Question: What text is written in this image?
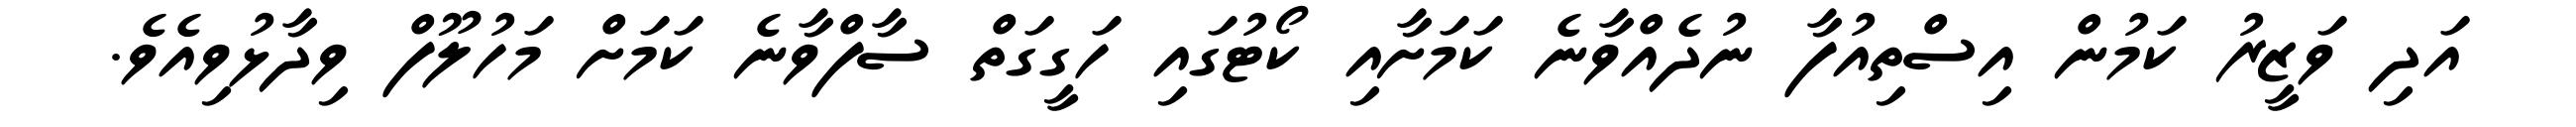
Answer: އަދި ވަޒީރު ކަމުން އިސްތިއުފާ ނުދެއްވާނެ ކަމަށާއި ކޯޓުގައި ހަގީގަތް ސާފްވާނެ ކަމަށް މަހުލޫފް ވިދާޅުވިއެވެ.